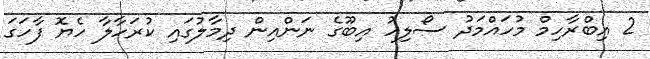
2 އިބްރާހިމް މުހައްމަދު ސޯލިހު އިބޫގެ ނަންއިން ދިމާލުގައި ކުރަހާލާ ހެޔޮ ފާހަގަ